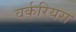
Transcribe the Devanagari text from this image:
वर्करियस